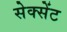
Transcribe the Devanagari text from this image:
सेक्सेंट